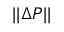
| | \Delta P | |